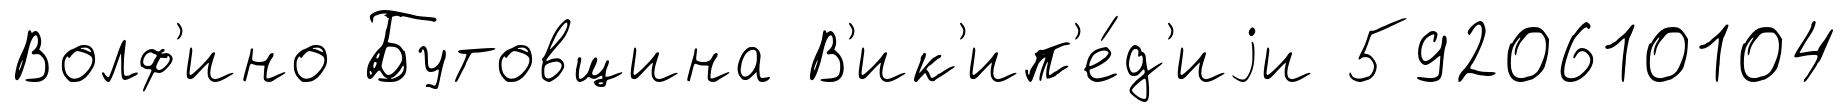
Волф'ино Бутовщина В'ик'ип'е́д'иjи 5920610104